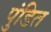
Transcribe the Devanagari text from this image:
पुंडित